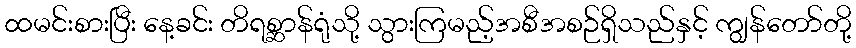
ထမင်းစားပြီး နေ့ခင်း တိရစ္ဆာန်ရုံသို့ သွားကြမည့်အစီအစဉ်ရှိသည်နှင့် ကျွန်တော်တို့